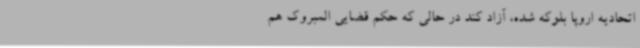
اتحادیه اروپا بلوکه شده، آزاد کند در حالی که حکم قضایی المبروک هم